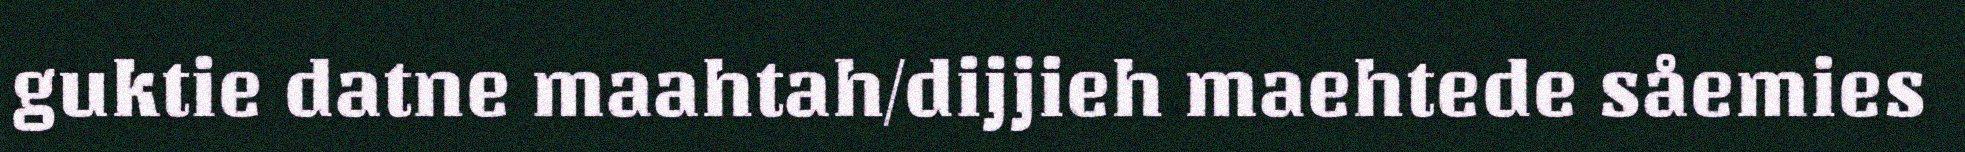
guktie datne maahtah/dijjieh maehtede såemies